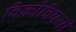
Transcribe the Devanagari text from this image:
विक्रीविषयी